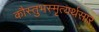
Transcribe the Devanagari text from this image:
कौस्तुभस्मृत्यर्थसार